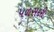
પળસદરી